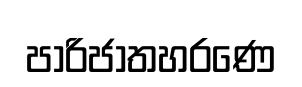
පාරිජාතහරණෙ